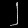
Digit: ၂